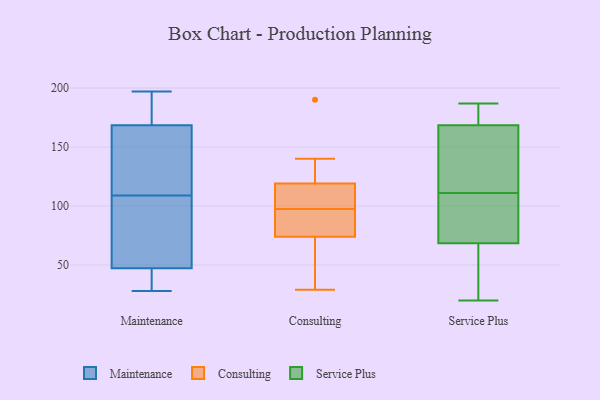
{"axis": {"x": "Bounce Rate (%)", "y": "Value"}, "legend": ["Consulting", "Maintenance", "Service Plus"], "data": [{"x": "", "y": 119, "type": "Maintenance"}, {"x": "", "y": 100, "type": "Maintenance"}, {"x": "", "y": 109, "type": "Maintenance"}, {"x": "", "y": 39, "type": "Maintenance"}, {"x": "", "y": 47, "type": "Maintenance"}, {"x": "", "y": 197, "type": "Maintenance"}, {"x": "", "y": 41, "type": "Maintenance"}, {"x": "", "y": 175, "type": "Maintenance"}, {"x": "", "y": 57, "type": "Maintenance"}, {"x": "", "y": 28, "type": "Maintenance"}, {"x": "", "y": 48, "type": "Maintenance"}, {"x": "", "y": 196, "type": "Maintenance"}, {"x": "", "y": 191, "type": "Maintenance"}, {"x": "", "y": 149, "type": "Maintenance"}, {"x": "", "y": 125, "type": "Maintenance"}, {"x": "", "y": 115, "type": "Consulting"}, {"x": "", "y": 71, "type": "Consulting"}, {"x": "", "y": 119, "type": "Consulting"}, {"x": "", "y": 29, "type": "Consulting"}, {"x": "", "y": 74, "type": "Consulting"}, {"x": "", "y": 112, "type": "Consulting"}, {"x": "", "y": 95, "type": "Consulting"}, {"x": "", "y": 140, "type": "Consulting"}, {"x": "", "y": 190, "type": "Consulting"}, {"x": "", "y": 46, "type": "Consulting"}, {"x": "", "y": 75, "type": "Consulting"}, {"x": "", "y": 99, "type": "Consulting"}, {"x": "", "y": 96, "type": "Consulting"}, {"x": "", "y": 120, "type": "Consulting"}, {"x": "", "y": 24, "type": "Service Plus"}, {"x": "", "y": 87, "type": "Service Plus"}, {"x": "", "y": 54, "type": "Service Plus"}, {"x": "", "y": 162, "type": "Service Plus"}, {"x": "", "y": 60, "type": "Service Plus"}, {"x": "", "y": 77, "type": "Service Plus"}, {"x": "", "y": 175, "type": "Service Plus"}, {"x": "", "y": 92, "type": "Service Plus"}, {"x": "", "y": 142, "type": "Service Plus"}, {"x": "", "y": 178, "type": "Service Plus"}, {"x": "", "y": 159, "type": "Service Plus"}, {"x": "", "y": 130, "type": "Service Plus"}, {"x": "", "y": 87, "type": "Service Plus"}, {"x": "", "y": 20, "type": "Service Plus"}, {"x": "", "y": 178, "type": "Service Plus"}, {"x": "", "y": 187, "type": "Service Plus"}]}